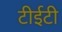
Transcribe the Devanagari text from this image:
टीईटी